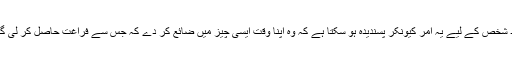
عقل مند شخص کے لیے یہ امر کیونکر پسندیدہ ہو سکتا ہے کہ وہ اپنا وقت ایسی چیز میں ضائع کر دے کہ جس سے فراغت حاصل کر لی گئی ہے۔